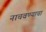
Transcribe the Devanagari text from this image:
नाचवण्याचा